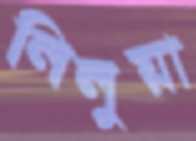
লিলুয়া